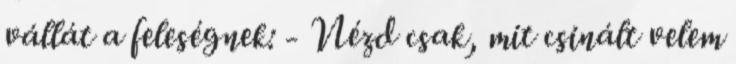
vállát a feleségnek: - Nézd csak, mit csinált velem